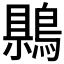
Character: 𪃷